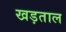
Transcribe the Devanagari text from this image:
खड़ताल